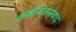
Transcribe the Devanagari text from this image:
कंफ्युशिअसवाद